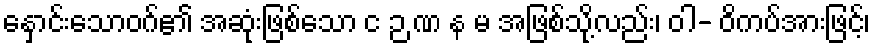
နှောင်းသောဝဂ်၏ အဆုံးဖြစ်သော င ဉ ဏ န မ အဖြစ်သို့လည်း၊ ဝါ- ဝိကပ်အားဖြင့်၊